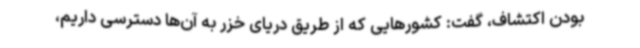
بودن اکتشاف، گفت: کشورهایی که از طریق دریای خزر به آن‌ها دسترسی داریم،